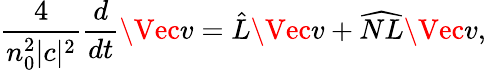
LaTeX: \frac{4}{n_{0}^{2}|c|^{2}}\frac{d}{dt}\Vec{v}=\hat{L}\Vec{v}+\widehat{NL}\Vec{v},